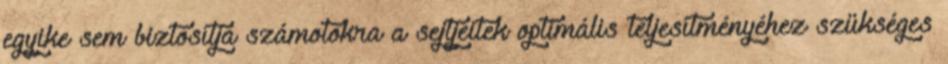
egyike sem biztosítja számotokra a sejtjeitek optimális teljesítményéhez szükséges